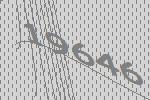
19646